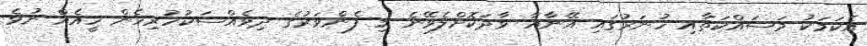
އެކަމަކު މަސައްކަތާއި ހުނަރުގައި އޭނާއާ ވާދަކޮށްލެވޭނެ މި ފެންވަރުގެ ދިވެއްސަކުހުރިހެން ހީއެއް ނުވެ